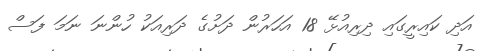
އަދި ކައިރީގައި ދިރިއުޅޭ 18 އަހަރުން ދަށުގެ ދަރިއަކު ހުންނަ ނަމަ ފަސް